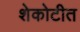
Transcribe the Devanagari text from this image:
शेकोटीत